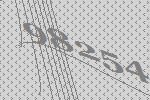
98254